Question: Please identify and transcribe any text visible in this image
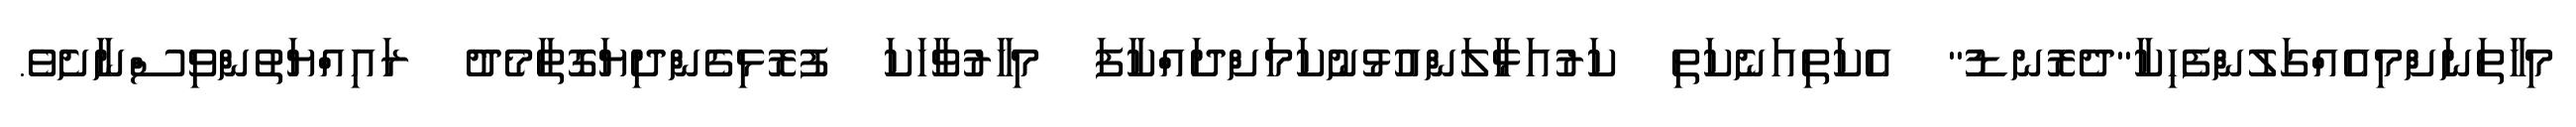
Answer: މިހާތަނަށްމިއެއްގަލުންފެހިކާ"ދެރޮނޑު" އެކަތިއަނެކަތި ކަރުއަޅާލަންއުޅުނުކަމަށްދައްކާފަ މިހާރުވާހަކަ ފުރޮޅިގެންދިޔަގޮތާމެދު ރައިއްޔަތުންވިސްނާށެވެ.